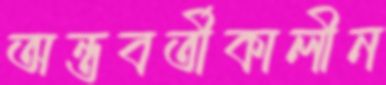
অন্তবর্তীকালীন